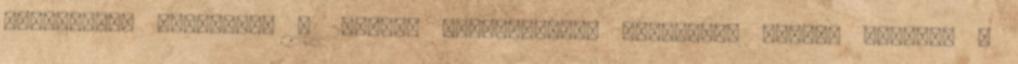
rendelkező Chisinau. A 2004-es népszámlálás hivatalos adatai szerint a